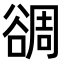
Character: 𧮻